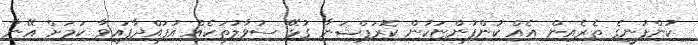
ކުންފުނީގެ ތެރެއިން އެއް ކުންފުންޏަކުން ކޮރަޕްޝަނާ ގުޅޭ ސުވާލުތަކެއް އުފައްދާފައިވާ ކަމަށް އޭނާ